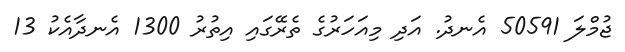
ޖުމްލަ 50591 އެނދު. އަދި މިއަހަރުގެ ތެރޭގައި އިތުރު 1300 އެނދާއެކު 13